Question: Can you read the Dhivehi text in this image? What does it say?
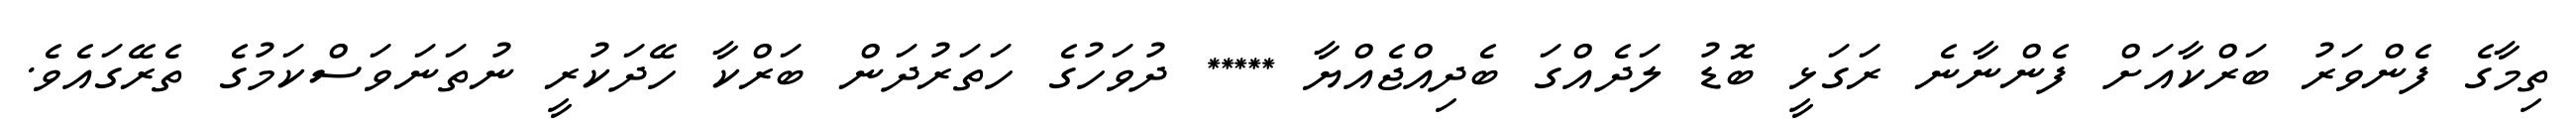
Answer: ތިމާގެ ފެންވަރު ބަރްކާއަށް ފެންނާނެ ރަގަޅީ ބޮޑު ލަދެއްގަ ބެދިއްޖެއްޔާ ***** ދުވަހުގެ ހަތަރުދަން ބަރްކާ ހޭދަކުރީ ނުތަނަވަސްކަމުގެ ތެރޭގައެވެ.